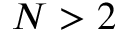
N > 2